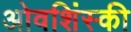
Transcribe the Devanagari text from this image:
ओवशिंस्की